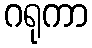
ဂရုကာ